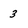
Character: 3